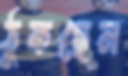
ঠুকছেন